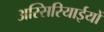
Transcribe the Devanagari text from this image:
अस्सिरियाईयों